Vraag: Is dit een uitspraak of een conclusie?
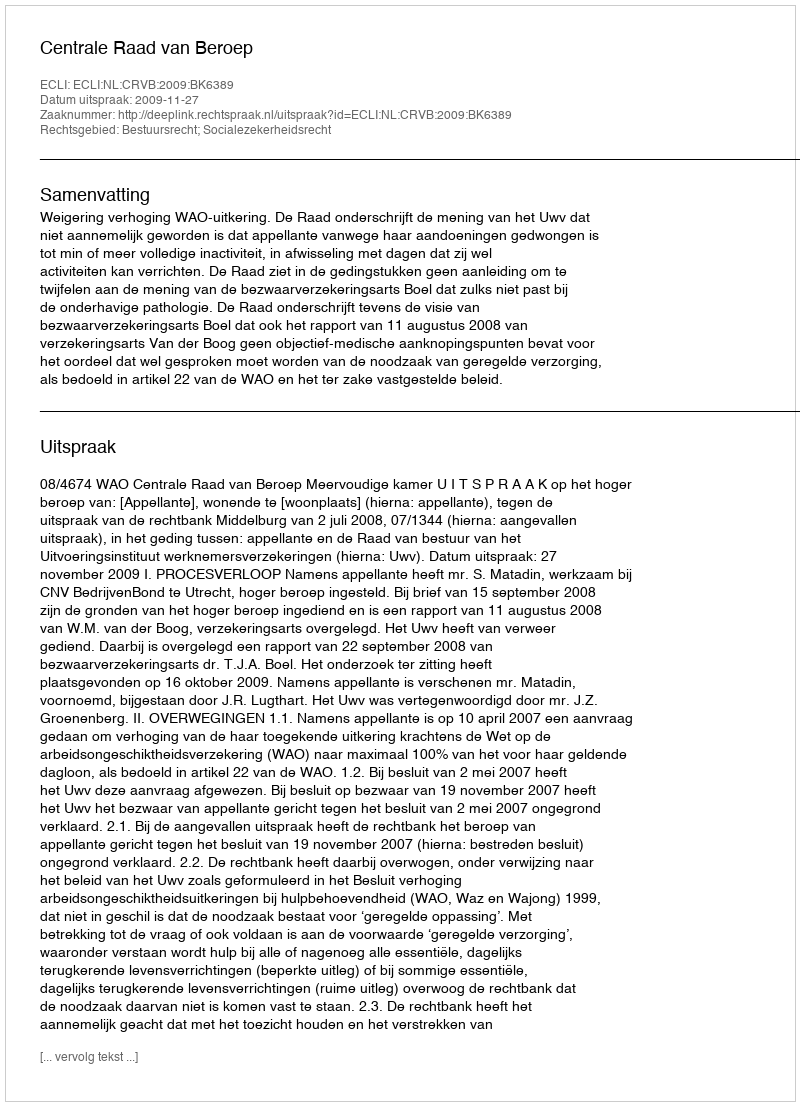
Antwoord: Uitspraak